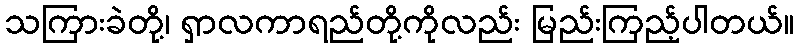
သကြားခဲတို့၊ ရှာလကာရည်တို့ကိုလည်း မြည်းကြည့်ပါတယ်။